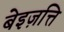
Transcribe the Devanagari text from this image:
बेइज़त्ति